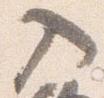
入